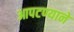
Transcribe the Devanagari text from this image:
आपटण्याने